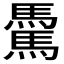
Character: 𩥋